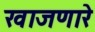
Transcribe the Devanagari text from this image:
खाजणारे